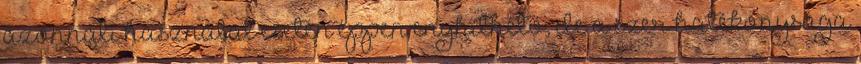
azonnali használat esetén éppen enyhíthető, de a szer hatékonysága